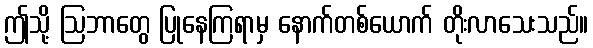
ဤသို့ ဩဘာတွေ ပြုနေကြရာမှ နောက်တစ်ယောက် တိုးလာသေးသည်။